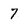
Character: 7